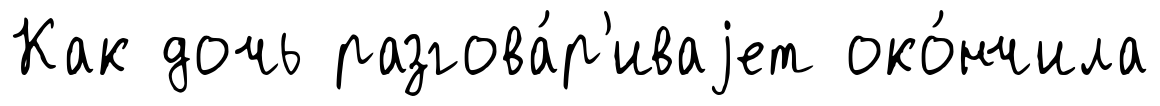
Как дочь разгова́р'иваjет око́нчила